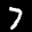
Label: 7